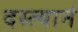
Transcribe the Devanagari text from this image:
दस्त्यानं